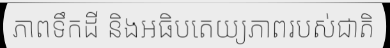
ភាពទឹកដី និងអធិបតេយ្យភាពរបស់ជាតិ